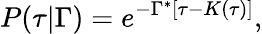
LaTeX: P(\tau\vert\Gamma)=e^{-\Gamma^{*}[\tau-K(\tau)]},